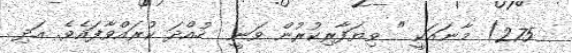
275) މާނައަކީ " ވިޔަފާރިކުރުން ވަނީ  ހުއްދަ ކުރައްވާފައެވެ. އަދި